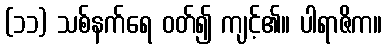
(၁၁) သစ်နက်ရေ ဝတ်၍ ကျင့်၏။ ပါရာဇိက။